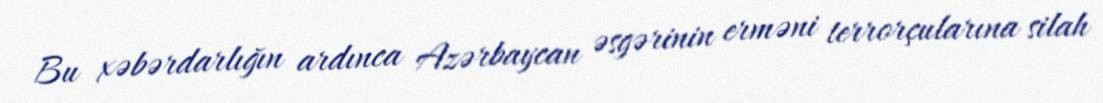
Bu xəbərdarlığın ardınca Azərbaycan əsgərinin erməni terrorçularına silah